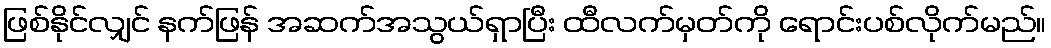
ဖြစ်နိုင်လျှင် နက်ဖြန် အဆက်အသွယ်ရှာပြီး ထီလက်မှတ်ကို ရောင်းပစ်လိုက်မည်။